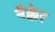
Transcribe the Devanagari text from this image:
नैक्केर